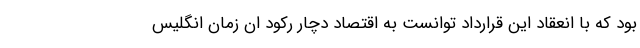
بود که با انعقاد این قرارداد توانست به اقتصاد دچار رکود ان زمان انگلیس